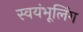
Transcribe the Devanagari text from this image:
स्वयंभूलिंग